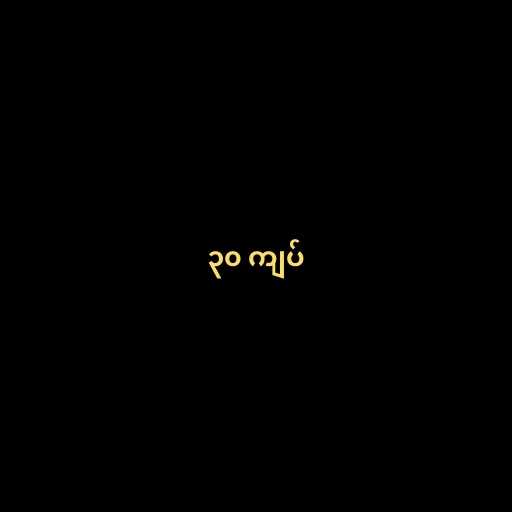
၃၀ ကျပ်